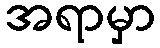
အရာမှာ